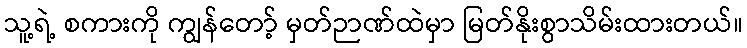
သူ့ရဲ့ စကားကို ကျွန်တော့် မှတ်ဉာဏ်ထဲမှာ မြတ်နိုးစွာသိမ်းထားတယ်။